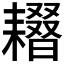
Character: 𦔢